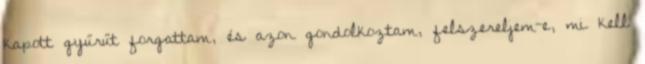
kapott gyűrűt forgattam, és azon gondolkoztam, felszereljem-e, mi kell